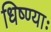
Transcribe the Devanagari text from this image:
धिष्ण्याः